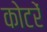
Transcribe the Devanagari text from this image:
कोटरें